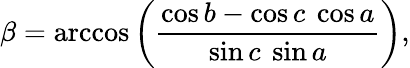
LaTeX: \beta=\operatorname{arccos}\left({\frac{\cos b-\cos c\ \cos a}{\sin c\ \sin a}}\right),